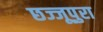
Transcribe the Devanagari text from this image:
छज्जूपुरा